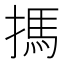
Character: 𢲫